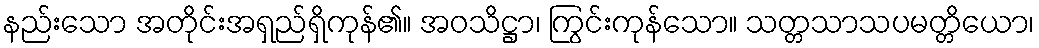
နည်းသော အတိုင်းအရှည်ရှိကုန်၏။ အဝသိဋ္ဌာ၊ ကြွင်းကုန်သော။ သတ္တသာသပမတ္တိယော၊